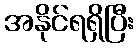
အနိုင်ရရှိပြီး